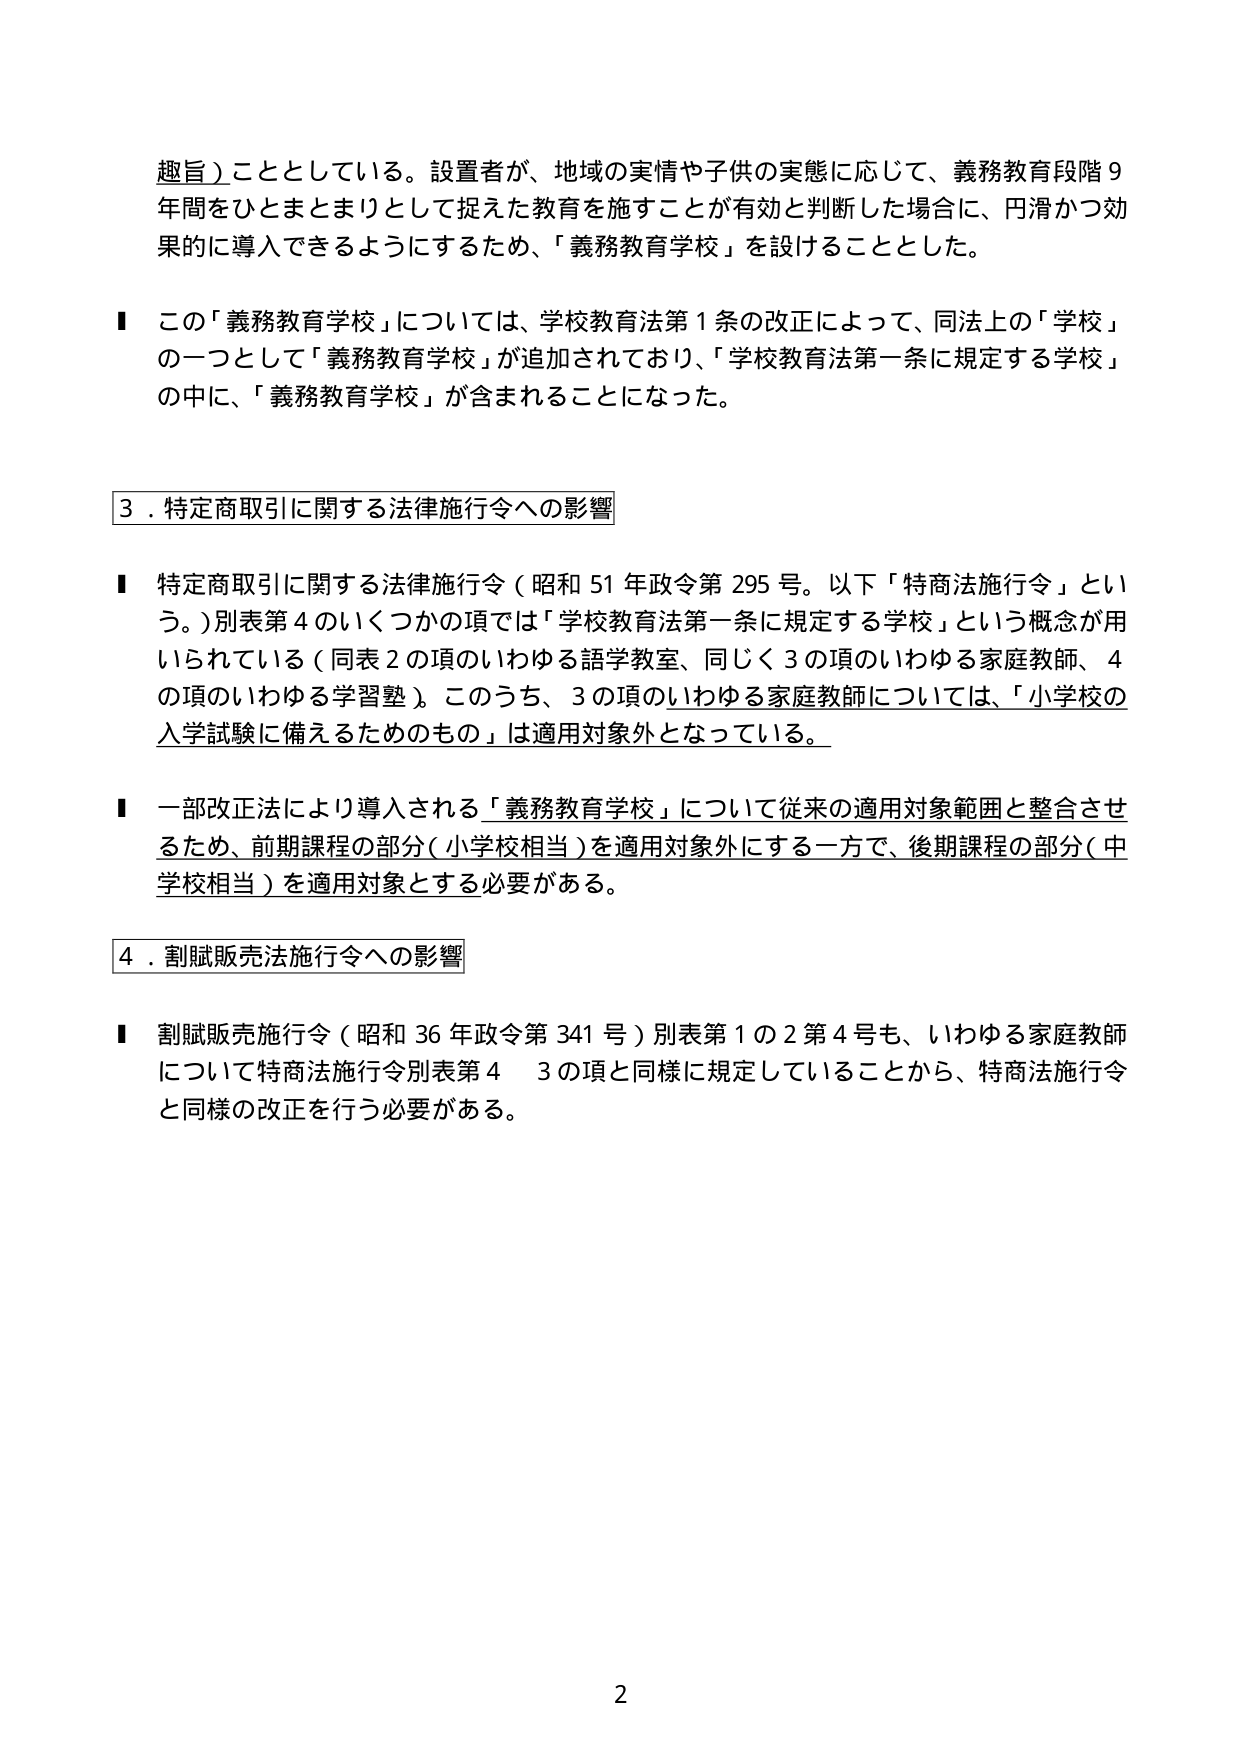
趣旨）こととしている。設置者が、地域の実情や子供の実態に応じて、義務教育段階９年間をひとまとまりとして捉えた教育を施すことが有効と判断した場合に、円滑かつ効果的に導入できるようにするため、「義務教育学校」を設けることとした。

■ この「義務教育学校」については、学校教育法第１条の改正によって、同法上の「学校」の一つとして「義務教育学校」が追加されており、「学校教育法第一条に規定する学校」の中に、「義務教育学校」が含まれることになった。

３．特定商取引に関する法律施行令への影響

■ 特定商取引に関する法律施行令（昭和51年政令第295号。以下「特商法施行令」という。）別表第４のいくつかの項では「学校教育法第一条に規定する学校」という概念が用いられている（同表２の項のいわゆる語学教室、同じく３の項のいわゆる家庭教師、４の項のいわゆる学習塾）。このうち、３の項のいわゆる家庭教師については、「小学校の入学試験に備えるためのもの」は適用対象外となっている。

■ 一部改正法により導入される「義務教育学校」について従来の適用対象範囲と整合させるため、前期課程の部分（小学校相当）を適用対象外にする一方で、後期課程の部分（中学校相当）を適用対象とする必要がある。

４．割賦販売法施行令への影響

■ 割賦販売施行令（昭和36年政令第341号）別表第１の２第４号も、いわゆる家庭教師について特商法施行令別表第４　３の項と同様に規定していることから、特商法施行令と同様の改正を行う必要がある。

2